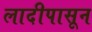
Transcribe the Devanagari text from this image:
लादीपासून